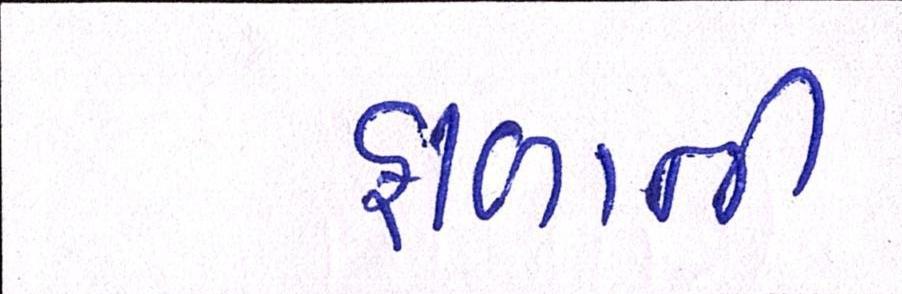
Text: ફાળાની